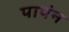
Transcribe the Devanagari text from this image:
पापंन